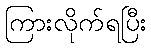
ကြားလိုက်ရပြီး